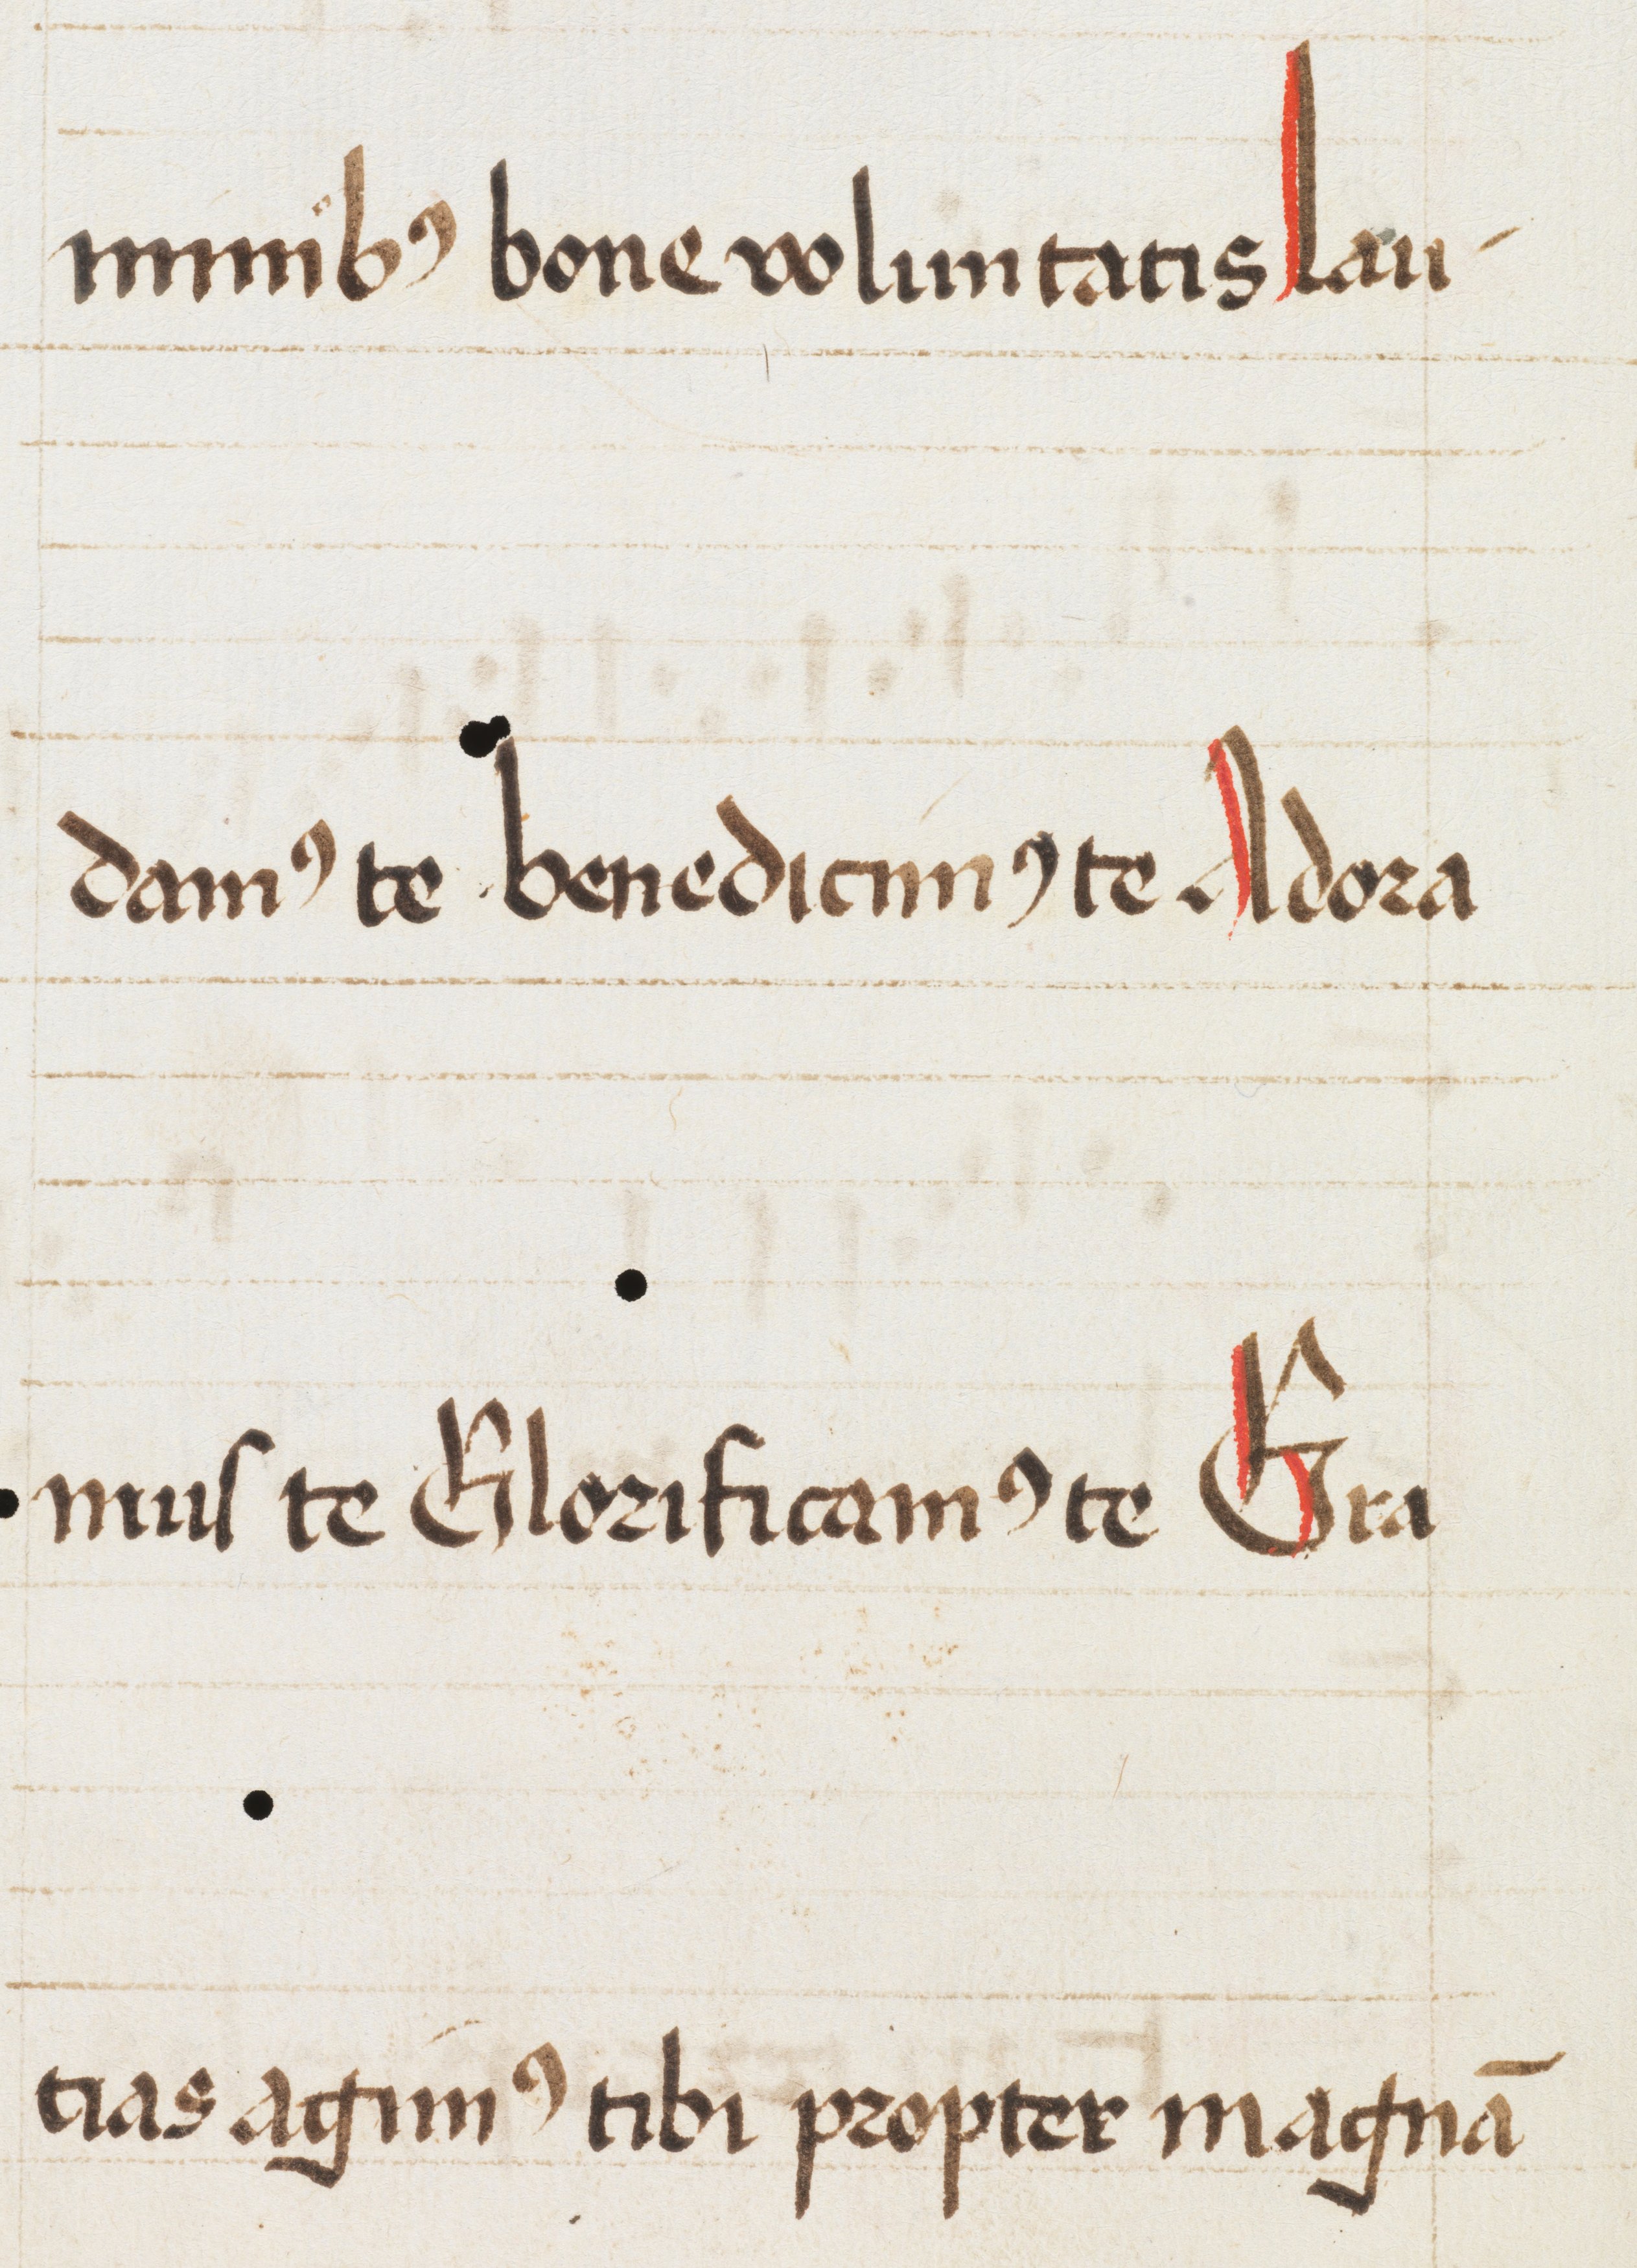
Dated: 1475–1499